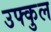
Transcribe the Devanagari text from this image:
उफ्कुल